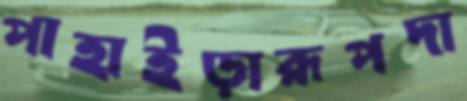
পাহাইড়ারূপদা